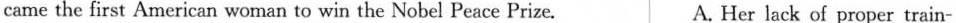
came the first American woman to win the Nobel Peace Prize. A. Her lack of proper train-